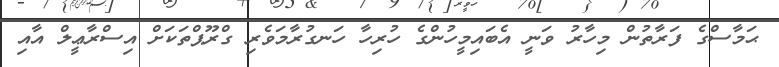
ޙަމާސްގެ ފަރާތުން މިހާރު ވަނީ އެބައިމީހުންގެ ހުރިހާ ހަނގުރާމަވެރި ގްރޫޕްތަކަށް އިސްރާޢީލް އާއި